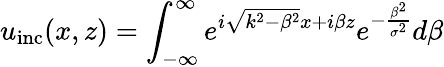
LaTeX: u_{\mathrm{inc}}(x,z)=\int_{-\infty}^{\infty}e^{i\sqrt{k^{2}-\beta^{2}}x+i\beta z}e^{-\frac{\beta^{2}}{\sigma^{2}}}d\beta